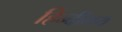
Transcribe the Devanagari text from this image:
हिन्दीमय